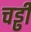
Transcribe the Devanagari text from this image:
चड्ढी